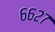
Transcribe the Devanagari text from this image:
६६२७